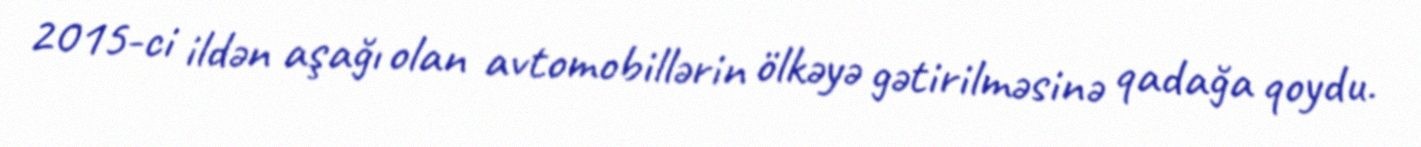
2015-ci ildən aşağı olan avtomobillərin ölkəyə gətirilməsinə qadağa qoydu.